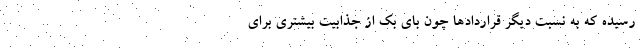
رسیده که به نسبت دیگر قراردادها چون بای بک از جذابیت بیشتری برای